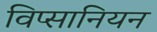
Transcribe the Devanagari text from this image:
विप्सानियन